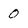
Character: 0